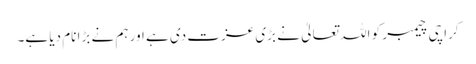
کراچی چیمبر کو اللہ تعالیٰ نے بڑی عزت دی ہے اور ہم نے بڑا نام دیا ہے۔